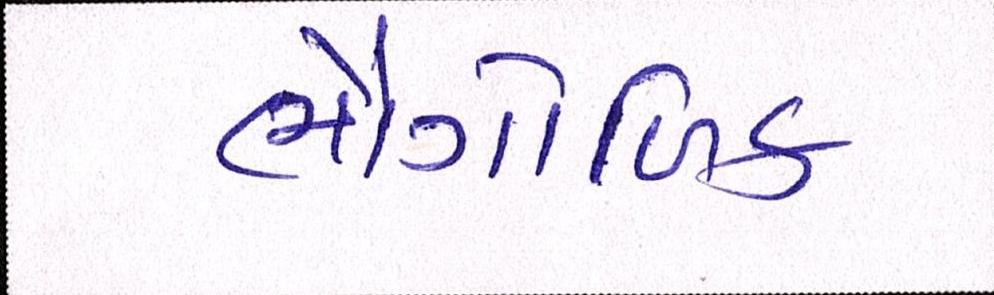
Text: ભૌગોળિક